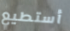
أستطيع